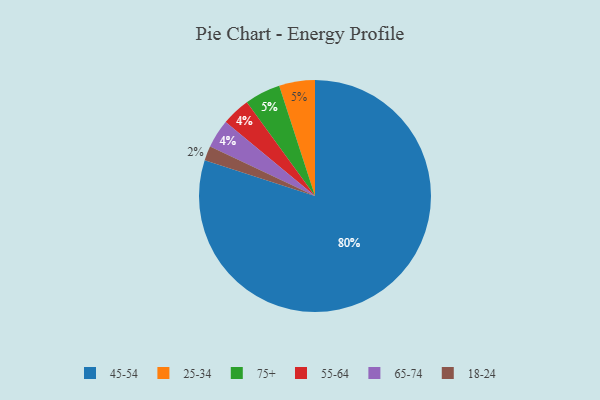
{"axis": {"x": "Category", "y": "Percentage"}, "legend": ["18-24", "25-34", "45-54", "55-64", "65-74", "75+"], "data": [{"x": "55-64", "y": 4, "type": "55-64"}, {"x": "25-34", "y": 5, "type": "25-34"}, {"x": "18-24", "y": 2, "type": "18-24"}, {"x": "45-54", "y": 80, "type": "45-54"}, {"x": "65-74", "y": 4, "type": "65-74"}, {"x": "75+", "y": 5, "type": "75+"}]}